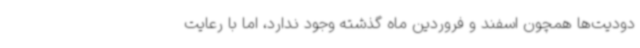
دودیت‌ها همچون اسفند و فروردین ماه گذشته وجود ندارد، اما با رعایت